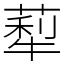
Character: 䔣